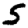
Digit: 5